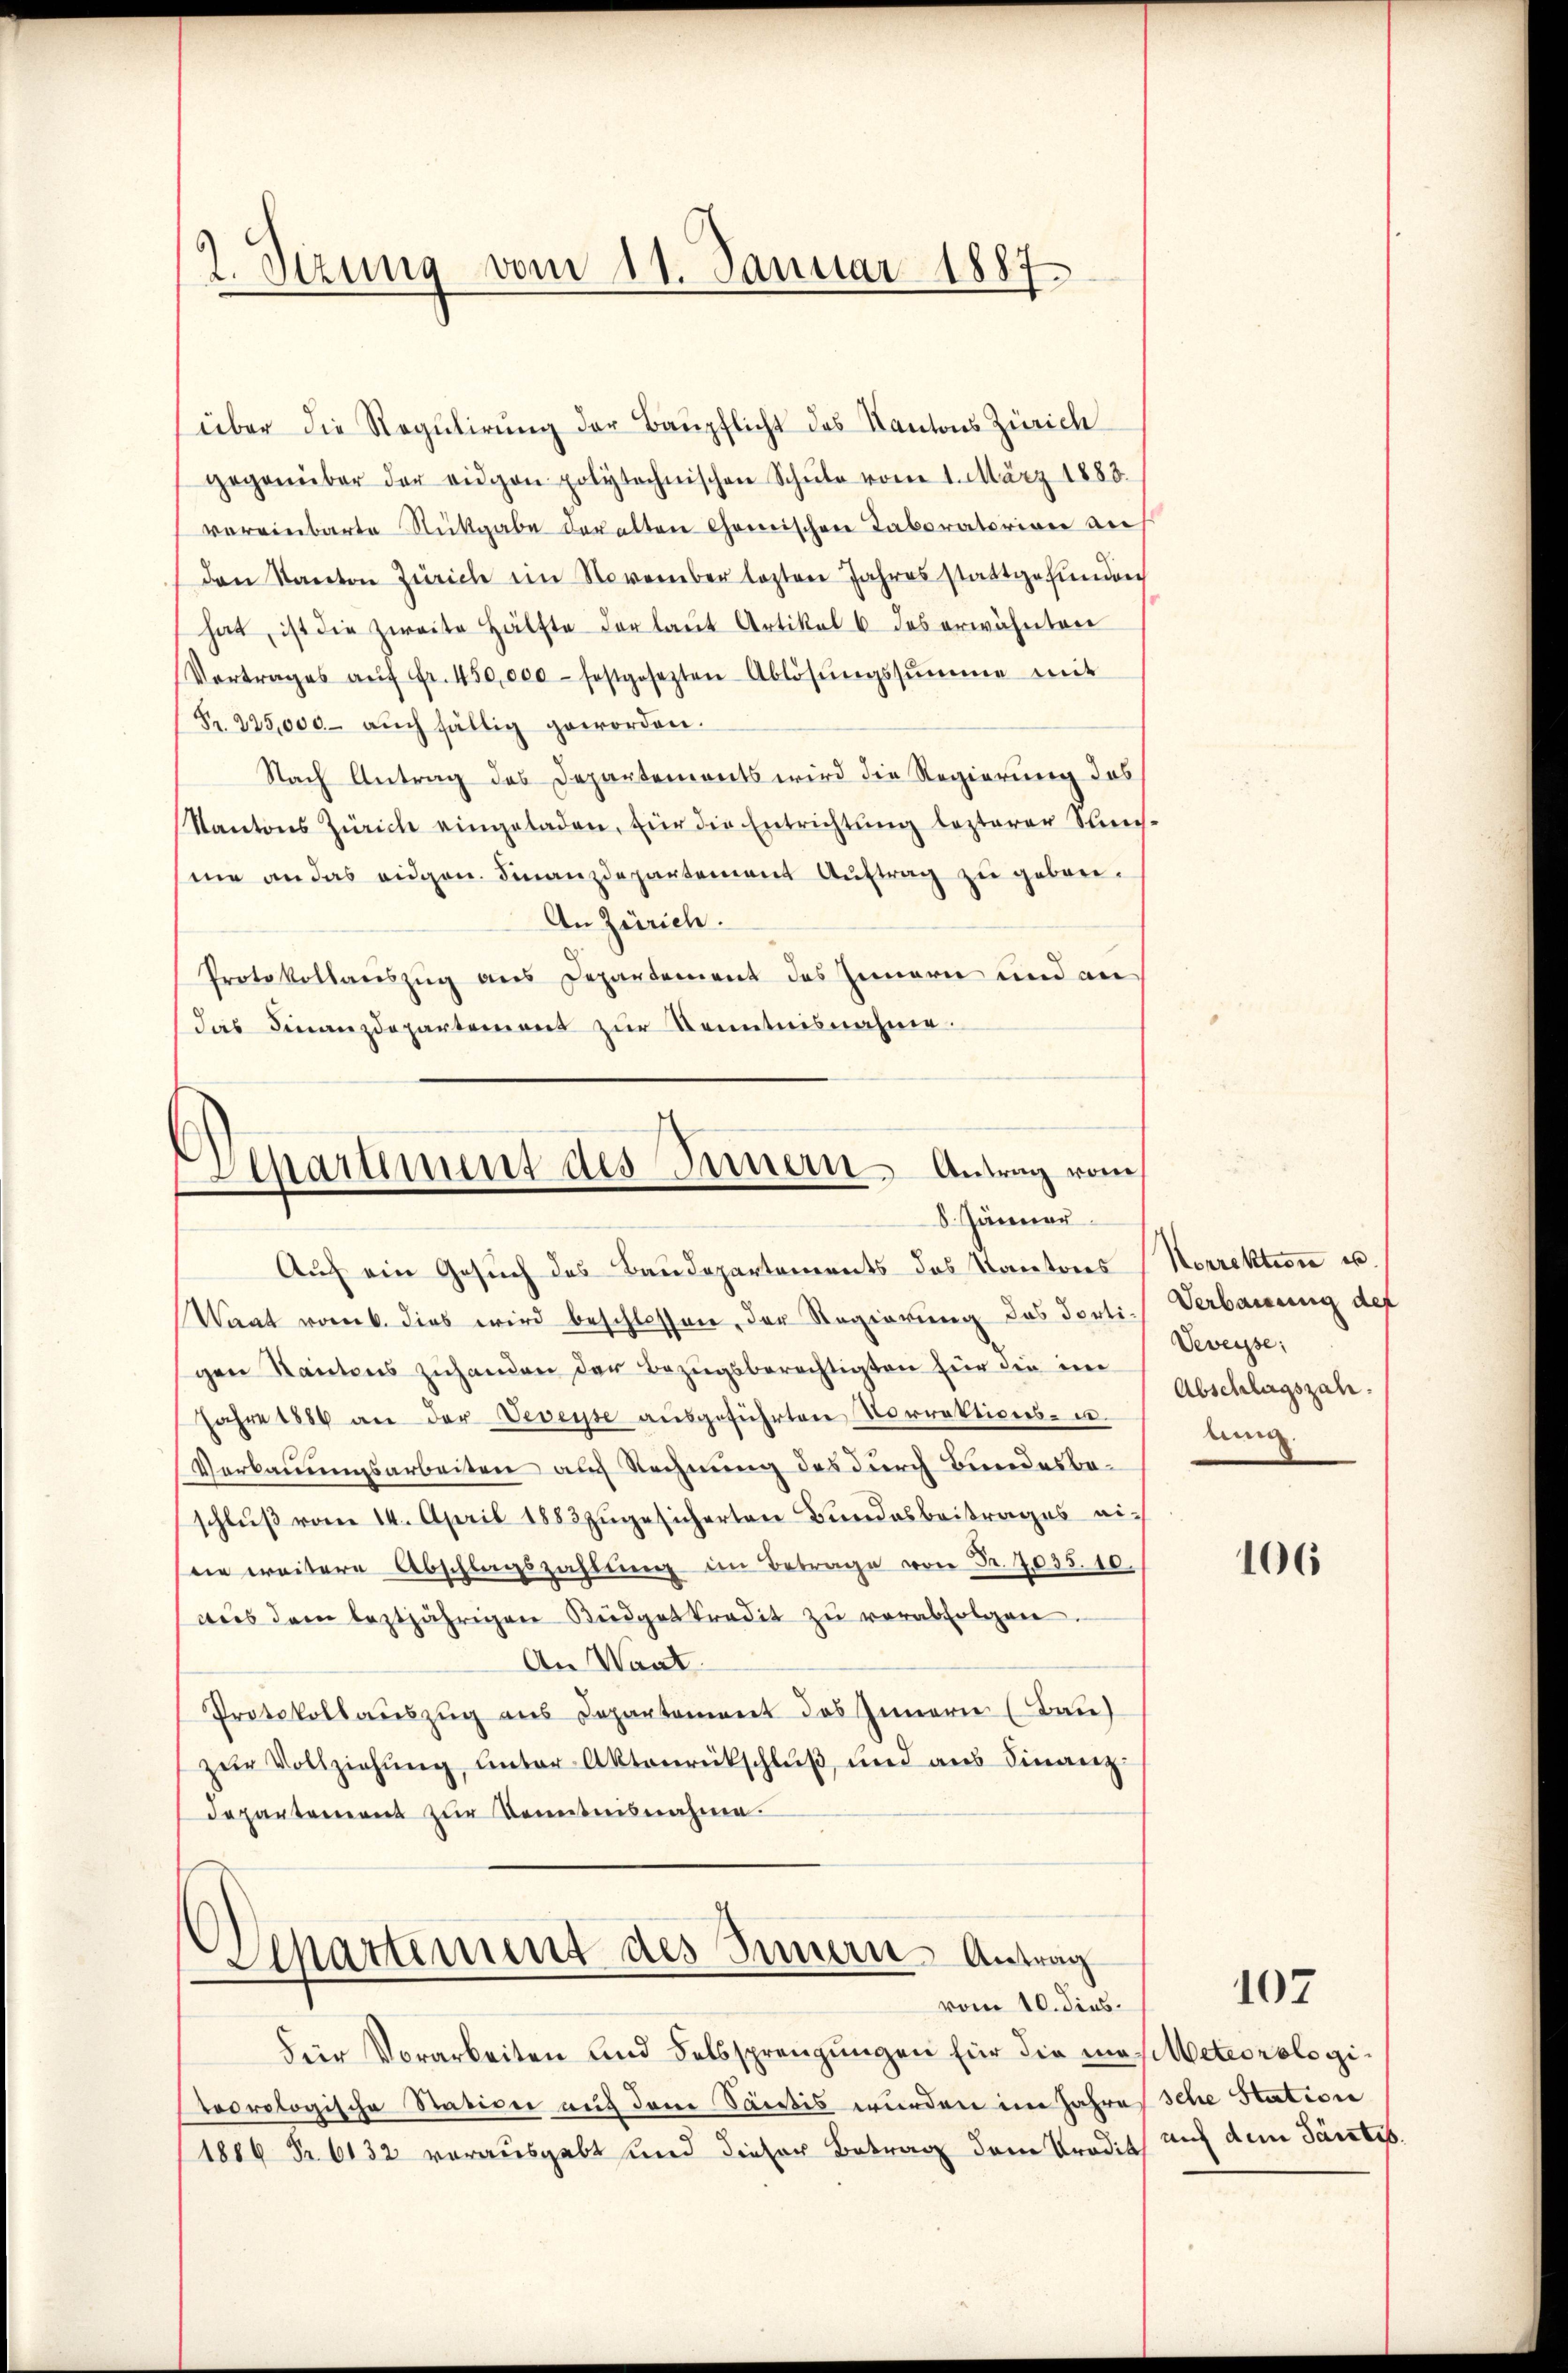
2. Sizung vom 11. Januar 1887.

über die Regulirung der Baupflicht des Kantons Zürich
gegenüber der eigen polytechnischen Schŭle vom 1. März 1883.
vereinbarte Rückgabe der alten Chemischen Taboratorione auf
den Kanton Zürich ein November lezten Jahres stattgefunden
hat, ist die zweite Hälfte der laut Artikel 6 des erwähnten
Vortrages aŭf fr. 450,000 festgesezten Ablösŭngssumme mit
Fr. 225,000. auch fällig geworden.
Nach Antrag des Departements wird die Regierung des
Kantons Zürich eingeladen, für die Entrichtung lezterer Sach-
me an das eidgen. Finanzdepartement Auftrag zu geben.
An Zürich.
Protokollauszug aus Departement des Innern und an
das Finanzdepartement zur Kenntnisnahme.

Separtement des Innern Antrag vom
8. Jänner

Auch ein Gesuch des Baudepartements das Kantons
Waat rob. dies wird beschlossen, der Regierung das dorti-
gen Kantons zuhanden der Bezugsberechtigten für die im
Jahre 1884 an der Veveyse ausgeführten Vorrektions- u.
Verkannungsarbeiten auf Rechnung des durch Bundesbeschlŭβ vom 14. April 1883 zŭgesicherten Bundesbeitrages eidie weitere Abschlagszahlŭng im Betrage von Fr. 2035.10.
aŭs dem leztjährigen Büdgetkredit zŭ verabfolgen.
An Want
Protokollauszug aus Departement des Innern (Bau)
zŭr Vollziehŭng unter Aktenrückschluß und aus Finanz-
departement zŭr Kenntnisnahme.

Separtement des Innern Antrag
vom 10. dies.

fier Vorarbeiten und Felssprengungen für die maseteorologiteorologische Station auf dem Santis wurden im Jahres sche Station
1886 Fr. 6132 vorausgabt und dieser Betrag dem Tradith auf dem Tantis

Norrektion u.
Verbauung des
Veveysse:
Abschlagszah
Ann

106

107